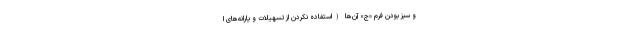
و سبز بودن فرم «ج» آن‌ها (استفاده نکردن از تسهیلات و یارانه‌های ا